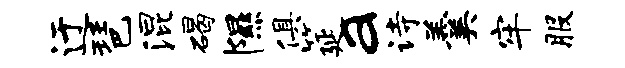
迂琶混碣隰俱筵a诗羹牢服